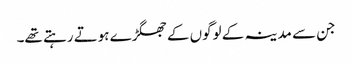
جن سے مدینہ کے لوگوں کے جھگڑے ہوتے رہتے تھے۔